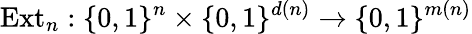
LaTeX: {\mathrm{Ext}}_{n}:\{ 0,1\} ^{n}\times\{ 0,1\} ^{d(n)}\rightarrow\{ 0,1\} ^{m(n)}